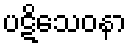
ပဋိသေဝနာ